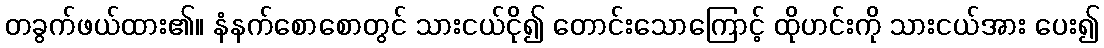
တခွက်ဖယ်ထား၏။ နံနက်စောစောတွင် သားငယ်ငို၍ တောင်းသောကြောင့် ထိုဟင်းကို သားငယ်အား ပေး၍